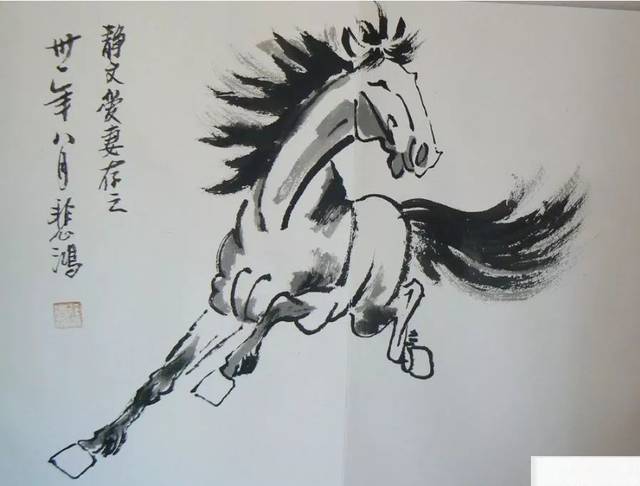
此心随去马，迢递过千峰。